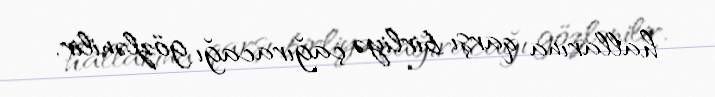
hallarına qarşı birliyə çağıracağı gözlənilir.